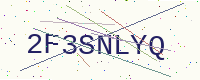
Text: 2F3SNLYQ